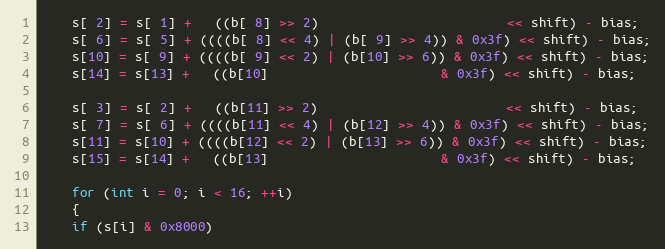
Language: C++
    s[ 2] = s[ 1] +   ((b[ 8] >> 2)                         << shift) - bias;
    s[ 6] = s[ 5] + ((((b[ 8] << 4) | (b[ 9] >> 4)) & 0x3f) << shift) - bias;
    s[10] = s[ 9] + ((((b[ 9] << 2) | (b[10] >> 6)) & 0x3f) << shift) - bias;
    s[14] = s[13] +   ((b[10]                       & 0x3f) << shift) - bias;

    s[ 3] = s[ 2] +   ((b[11] >> 2)                         << shift) - bias;
    s[ 7] = s[ 6] + ((((b[11] << 4) | (b[12] >> 4)) & 0x3f) << shift) - bias;
    s[11] = s[10] + ((((b[12] << 2) | (b[13] >> 6)) & 0x3f) << shift) - bias;
    s[15] = s[14] +   ((b[13]                       & 0x3f) << shift) - bias;

    for (int i = 0; i < 16; ++i)
    {
	if (s[i] & 0x8000)